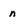
Character: n